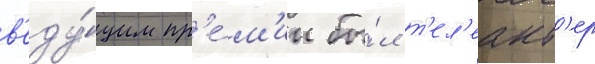
в'еду́щим пр'е́м'ии бы́л т'ел'еакт'ер